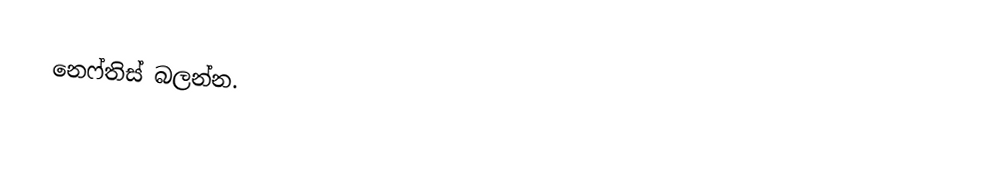
නෙෆ්තිස් බලන්න.